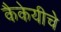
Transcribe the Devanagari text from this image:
कैकेयीचे